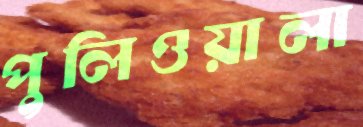
পুলিওয়ালা